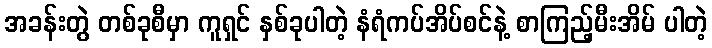
အခန်းတွဲ တစ်ခုစီမှာ ကူရှင် နှစ်ခုပါတဲ့ နံရံကပ်အိပ်စင်နဲ့ စာကြည့်မီးအိမ် ပါတဲ့